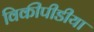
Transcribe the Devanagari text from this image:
विकीपीडीया